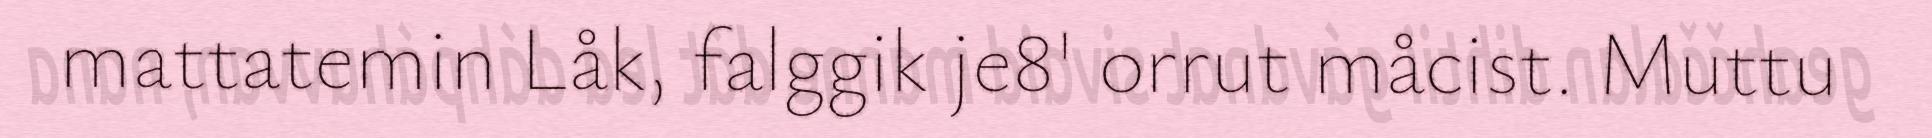
mattatemin Låk, falggik je8' orrut måcist. Muttu